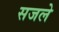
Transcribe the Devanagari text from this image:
सजले